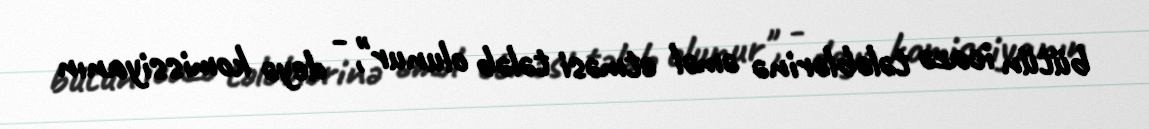
bütün icazə tələblərinə əməl etməsi tələb olunur", - deyə komissiyanın